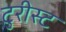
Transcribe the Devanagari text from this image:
टुरीस्ट